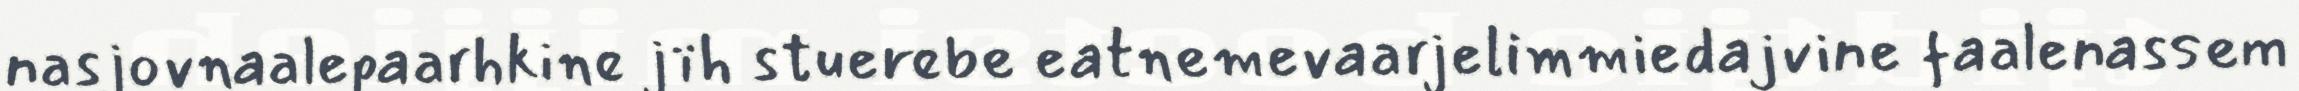
nasjovnaalepaarhkine jïh stuerebe eatnemevaarjelimmiedajvine faalenassem